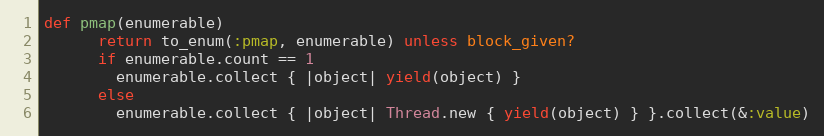
Language: Ruby
def pmap(enumerable)
      return to_enum(:pmap, enumerable) unless block_given?
      if enumerable.count == 1
        enumerable.collect { |object| yield(object) }
      else
        enumerable.collect { |object| Thread.new { yield(object) } }.collect(&:value)